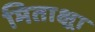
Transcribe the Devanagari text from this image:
मिताक्ष्रा